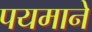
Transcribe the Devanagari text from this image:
पयमाने